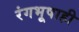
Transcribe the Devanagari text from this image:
रंगभूषाही